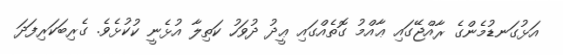
އަޅުގަނޑުމެންގެ ރާއްޖޭގައި ޢާއްމު ގޮތެއްގައި ޢީދު ދުވަހު ކަތިލާ އުޅެނީ ކުކުޅެވެ. ގެރިބަކަރިފަދަ